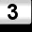
Digit: 3